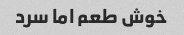
خوش طعم اما سرد